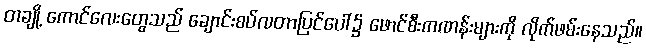
တချို့ ကောင်လေးတွေသည် ချောင်းစပ်လတာပြင်ပေါ်၌ ဖောင်စီးကဏန်းများကို လိုက်ဖမ်းနေသည်။